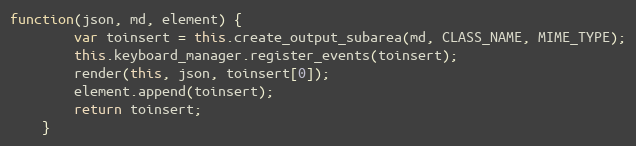
Language: JavaScript
function(json, md, element) {
        var toinsert = this.create_output_subarea(md, CLASS_NAME, MIME_TYPE);
        this.keyboard_manager.register_events(toinsert);
        render(this, json, toinsert[0]);
        element.append(toinsert);
        return toinsert;
    }